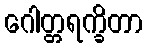
ဂေါတ္တရက္ခိတာ